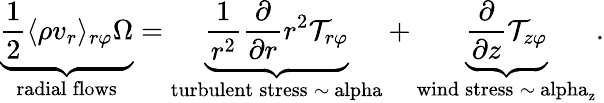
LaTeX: \underbrace{\frac{1}{2}\langle\rho v_{r}\rangle_{r\varphi}\Omega}_{\mathrm{radial\: flows}}=\underbrace{\frac{1}{r^{2}}\frac{\partial}{\partial r}r^{2}\mathcal{T}_{r\varphi}}_{\mathrm{turbulent\: stress\: \sim\ alpha}}+\underbrace{\frac{\partial}{\partial z}\mathcal{T}_{z\varphi}}_{\mathrm{wind\: stress\: \sim\ alpha_{z}}}.